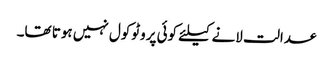
عدالت لانے کیلئے کوئی پروٹوکول نہیں ہوتا تھا۔